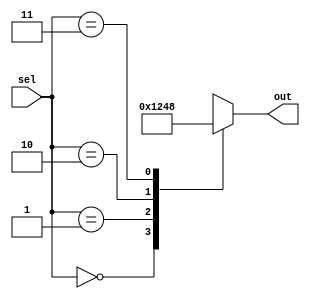
module case_statement_example (
  input [1:0] sel,
  output reg [3:0] out
);

  initial begin
    case(sel)
      2'b00: out = 4'b0001;
      2'b01: out = 4'b0010;
      2'b10: out = 4'b0100;
      2'b11: out = 4'b1000;
      default: out = 4'b0000;
    endcase
  end

endmodule